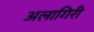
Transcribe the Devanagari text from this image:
अलागिरी